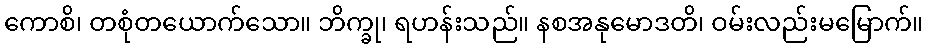
ကောစိ၊ တစုံတယောက်သော။ ဘိက္ခု၊ ရဟန်းသည်။ နစအနုမောဒတိ၊ ဝမ်းလည်းမမြောက်။